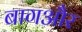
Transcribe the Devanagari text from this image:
बागऔर